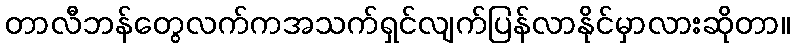
တာလီဘန်တွေလက်ကအသက်ရှင်လျက်ပြန်လာနိုင်မှာလားဆိုတာ။